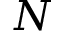
N